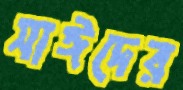
সাঈদের